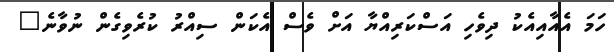
ހަމަ އެއާއިއެކު ދިވެހި އަސްކަރިއްޔާ އަށް ވެސް އެކަން ސިއްރު ކުރެވިގެން ނުވާނެ"